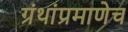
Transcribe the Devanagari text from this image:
ग्रंथांप्रमाणेच